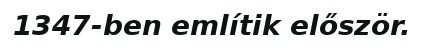
1347-ben említik először.